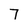
Character: 7